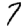
Digit: 7